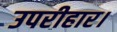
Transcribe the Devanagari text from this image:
उपरीहार।